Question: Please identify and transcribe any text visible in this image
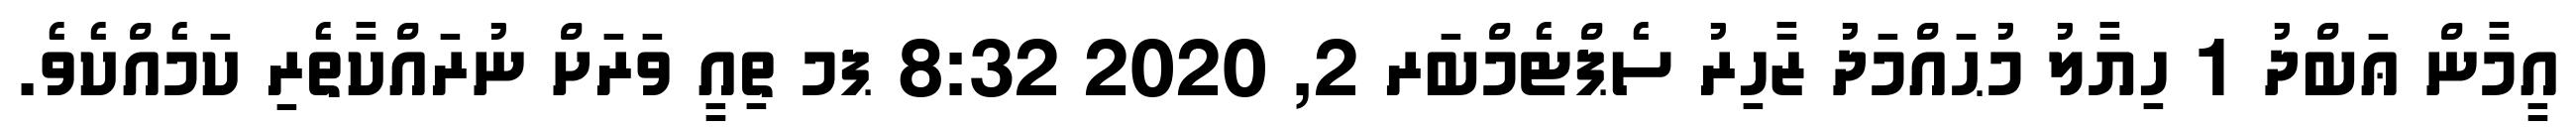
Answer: އީމާން ޢަބްދު 1 ހިޔާލު މުޙައްމަދު ޒާހިރު ސެޕްޓެމްބަރ 2, 2020 8:32 ޕމ ތިއީ ވަރަށް ނުރައްކާތެރި ކަމެއްކެވެ.